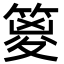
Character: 䈦